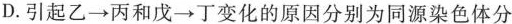
D.引起乙\rightarrow丙和戊\rightarrow丁变化的原因分别为同源染色体分